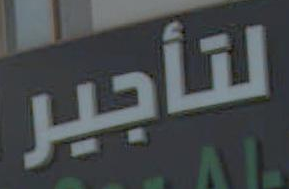
لتأجير